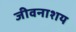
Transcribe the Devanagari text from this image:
जीवनाशय